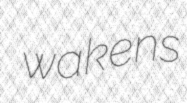
wakens